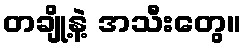
တချို့နဲ့ အသီးတွေ။